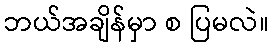
ဘယ်အချိန်မှာ စ ပြမလဲ။